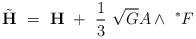
LaTeX: \begin{align*}{\tilde{\bf H}} ~=~{\bf H}~+~\frac13~\sqrt{G} A \wedge~ ^*F~\end{align*}